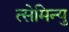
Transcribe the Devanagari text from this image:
त्सेमिन्यु